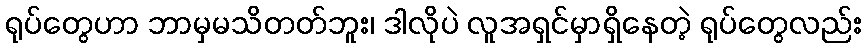
ရုပ်တွေဟာ ဘာမှမသိတတ်ဘူး၊ ဒါလိုပဲ လူအရှင်မှာရှိနေတဲ့ ရုပ်တွေလည်း